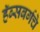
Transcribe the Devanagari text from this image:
हॅब्सबर्गचे